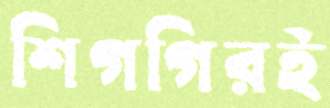
শিগগিরই